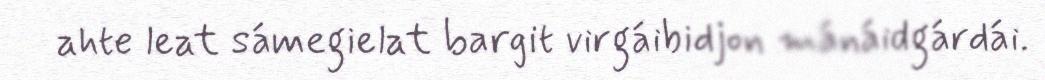
ahte leat sámegielat bargit virgáibidjon mánáidgárdái.